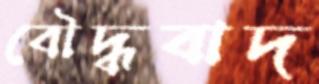
বৌদ্ধবাদ